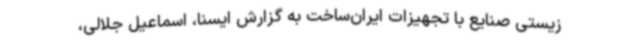
زیستی صنایع با تجهیزات ایران‌ساخت به گزارش ایسنا، اسماعیل جلالی،